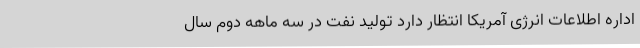
اداره اطلاعات انرژی آمریکا انتظار دارد تولید نفت در سه ماهه دوم سال